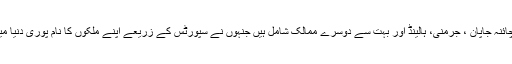
اس طرح رشیا، چائنہ جاپان ، جرمنی، ہالینڈ اور بہت سے دوسرے ممالک شامل ہیں جنہوں نے سپورٹس کے زریعے اپنے ملکوں کا نام پوری دنیا میں روشن کیا ہے۔